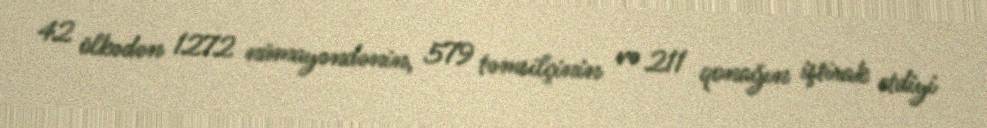
42 ölkədən 1272 nümayəndənin, 579 təmsilçinin və 211 qonağın iştirak etdiyi